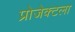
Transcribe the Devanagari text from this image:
प्रोजेक्टला